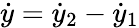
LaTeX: \dot{y}=\dot{y}_{2}-\dot{y}_{1}